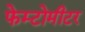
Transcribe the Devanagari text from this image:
फेम्टोमीटर